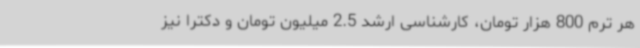
هر ترم 800 هزار تومان، کارشناسی ارشد 2.5 میلیون تومان و دکترا نیز